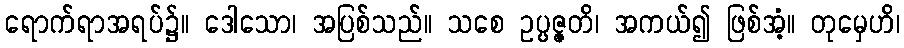
ရောက်ရာအရပ်၌။ ဒေါသော၊ အပြစ်သည်။ သစေ ဥပ္ပဇ္ဇတိ၊ အကယ်၍ ဖြစ်အံ့။ တုမှေဟိ၊